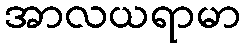
အာလယရာမာ